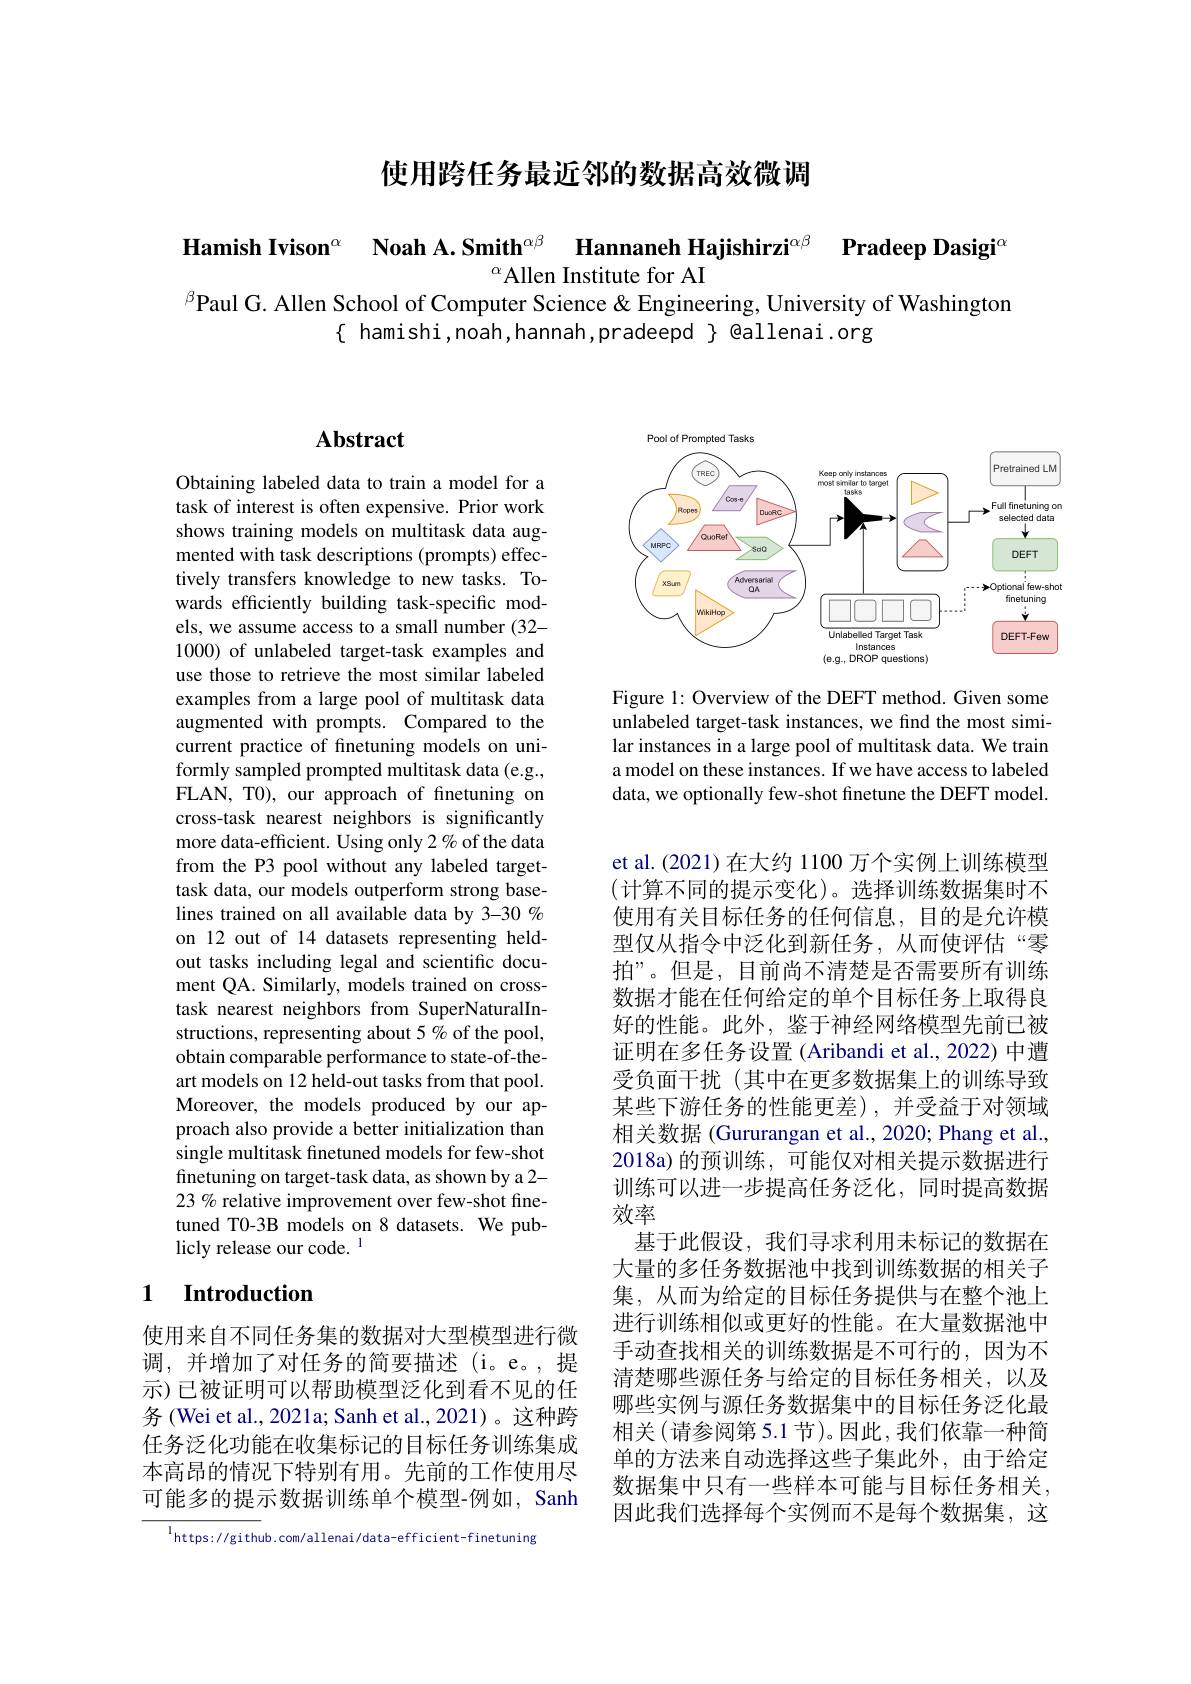
使用跨任务最近邻的数据高效微调

Hamish Ivison$^\alpha$ $\textbf{Noah A. Smith}^{\alpha \beta }$ Hannaneh Hajishirzi$^{\alpha\beta}$

$\textbf{Pradeep Dasigi}^{\alpha}$

${}^{\alpha}$Allen Institute for AI
$^{\beta}$Paul G. Allen School of Computer Science & Engineering, University of Washington
$\{$ hamishi,noah,hannah,pradeepd $\}$ @allenai.org

### $\mathbf{Abstract}$

Obtaining labeled data to train a model for a task of interest is often expensive. Prior work shows training models on multitask data augmented with task descriptions (prompts) effectively transfers knowledge to new tasks. Towards efficiently building task-specific models, we assume access to a small number (32- 1000) of unlabeled target-task examples and use those to retrieve the most similar labeled examples from a large pool of multitask data augmented with prompts. Compared to the current practice of finetuning models on uniformly sampled prompted multitask data (e.g., FLAN, T0), our approach of fnetuning on cross-task nearest neighbors is significantly more data-efficient. Using only 2% of the data from the P3 pool without any labeled targettask data, our models outperform strong baselines trained on all available data by 3-30 % on 12 out of 14 datasets representing heldout tasks including legal and scientific document QA. Similarly, models trained on crosstask nearest neighbors from SuperNaturalInstructions, representing about 5% of the pool, obtain comparable performance to state-of-theart models on 12 held-out tasks from that pool. Moreover, the models produced by our approach also provide a better initialization than single multitask finetuned models for few-shot finetuning on target-task data, as shown by a 2- 23 % relative improvement over few-shot finetuned T0-3B models on 8 datasets. We publicly release our code. 1

## 1 Introduction

使用来自不同任务集的数据对大型模型进行微调，并增加了对任务的简要描述(i。e。,提示)已被证明可以帮助模型泛化到看不见的任务 (Wei et al., 2021a; Sanh et al., 2021)。这种跨任务泛化功能在收集标记的目标任务训练集成本高昂的情况下特别有用。先前的工作使用尽可能多的提示数据训练单个模型-例如，Sanh

$^{\mathrm{l}}$https://github.com/allenai/data-efficient-finetuning

<FigureHere>

Figure 1: Overview of the DEFT method. Given some unlabeled target-task instances, we find the most similar instances in a large pool of multitask data. We train a model on these instances. If we have access to labeled data, we optionally few-shot finetune the DEFT model.

et al.(2021)在大约 1100 万个实例上训练模型(计算不同的提示变化)。选择训练数据集时不使用有关目标任务的任何信息，目的是允许模型仅从指令中泛化到新任务，从而使评估“零拍”。但是，目前尚不清楚是否需要所有训练数据才能在任何给定的单个目标任务上取得良好的性能。此外，鉴于神经网络模型先前已被证明在多任务设置(Aribandi et al.,2022)中遭受负面干扰(其中在更多数据集上的训练导致某些下游任务的性能更差),并受益于对领域相关数据 (Gururangan et al., 2020; Phang et al., 2018a)的预训练，可能仅对相关提示数据进行训练可以进一步提高任务泛化，同时提高数据效率
基于此假设，我们寻求利用未标记的数据在大量的多任务数据池中找到训练数据的相关子集，从而为给定的目标任务提供与在整个池上进行训练相似或更好的性能。在大量数据池中手动查找相关的训练数据是不可行的，因为不清楚哪些源任务与给定的目标任务相关，以及哪些实例与源任务数据集中的目标任务泛化最相关(请参阅第5.1节)。因此，我们依靠一种简单的方法来自动选择这些子集此外，由于给定数据集中只有一些样本可能与目标任务相关， 因此我们选择每个实例而不是每个数据集，这